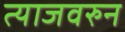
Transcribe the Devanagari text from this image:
त्याजवरुन